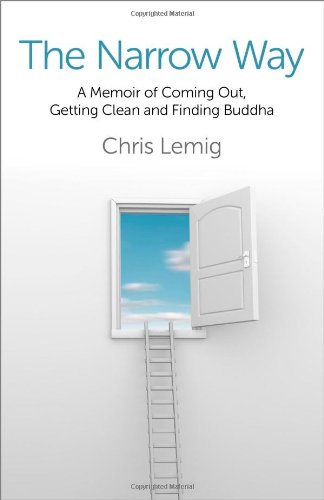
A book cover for The Narrow Way: A Memoir Of Coming Out, Getting Clean and Finding Buddha; Chris Lemig; Gay & Lesbian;